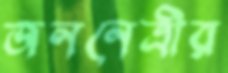
জননেত্রীর